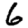
Digit: 6